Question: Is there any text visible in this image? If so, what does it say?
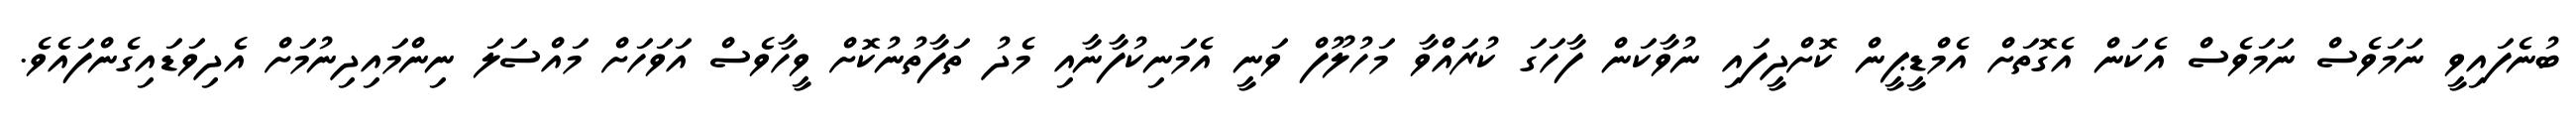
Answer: ބުނެފައިވީ ނަމަވެސް ނަމަވެސް އެކަން އެގޮތަށް އެމްޑީޕީން ކޮށްދީފައި ނުވާކަން ފާހަގަ ކުރައްވާ މަހުލޫފް ވަނީ އެމަނިކުފާނާއި މެދު ތަފާތުނުކޮށް ވީހާވެސް އަވަހަށް މައްސަލަ ނިންމައިދިނުމަށް އެދިވަޑައިގެންފައެވެ.